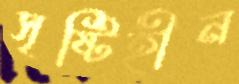
সৃষ্টিহীন